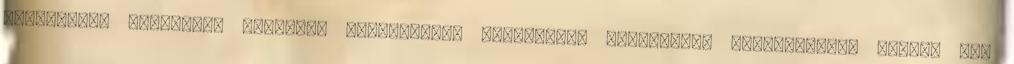
ellenőrzés működését támogató rendszerek: Értékesítő terminálok Videokamerás mobil, fix